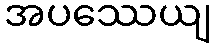
အပဿေယျ